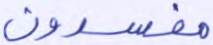
مفسدون